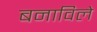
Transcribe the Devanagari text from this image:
बनाविले